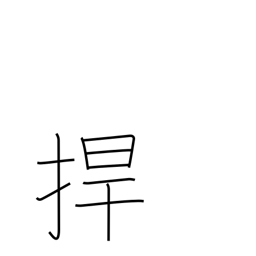
Meaning: protect